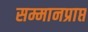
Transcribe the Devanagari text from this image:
सम्मानप्राप्त